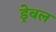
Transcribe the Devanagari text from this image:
ड्रेबल